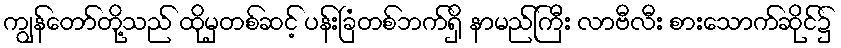
ကျွန်တော်တို့သည် ထိုမှတစ်ဆင့် ပန်းခြံတစ်ဘက်ရှိ နာမည်ကြီး လာဗီလီး စားသောက်ဆိုင်၌